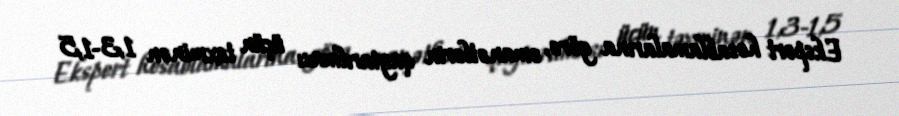
Ekspert hesablamalarına görə, əmanətlərin qaytarılması üçün təxminən 1,3-1,5